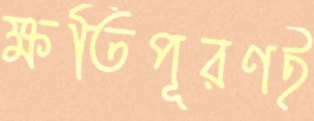
ক্ষতিপূরণই